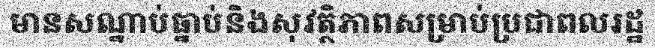
មានសណ្នាប់ធ្នាប់និងសុវត្ថិភាពសម្រាប់ប្រជាពលរដ្ឋ